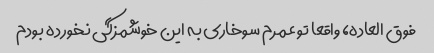
فوق العاده، واقعا تو عمرم سوخاری به این خوشمزگی نخورده بودم